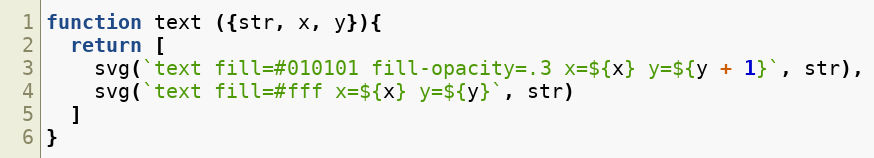
Language: JavaScript
function text ({str, x, y}){
  return [
    svg(`text fill=#010101 fill-opacity=.3 x=${x} y=${y + 1}`, str),
    svg(`text fill=#fff x=${x} y=${y}`, str)
  ]
}